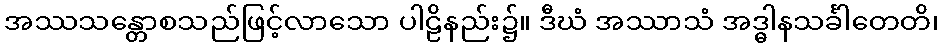
အဿသန္တောစသည်ဖြင့်လာသော ပါဠိနည်း၌။ ဒီဃံ အဿာသံ အဒ္ဓါနသင်္ခါတေတိ၊